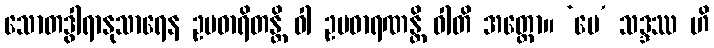
သောတဒွါရာနုသာရေန ဥပဓာရိတန္တိ ဝါ ဥပဓာရဏန္တိ ဝါတိ အတ္ထော။ ‘မေ’ သဒ္ဒဿ ဟိ